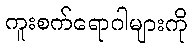
ကူးစက်ရောဂါများကို